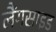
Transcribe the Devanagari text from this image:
लैंगसाइड